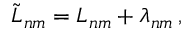
\tilde { L } _ { n m } = L _ { n m } + \lambda _ { n m } \, ,